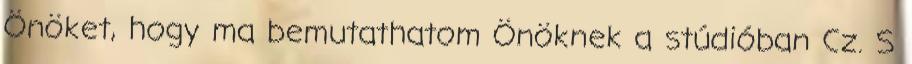
Önöket, hogy ma bemutathatom Önöknek a stúdióban Cz. S